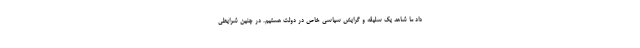
داد ما شاهد یک سلیقه و گرایش سیاسی خاص در دولت هستیم. در چنین شرایطی